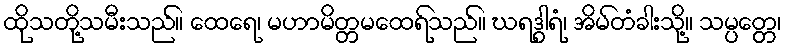
ထိုသတို့သမီးသည်။ ထေရေ၊ မဟာမိတ္တမထေရ်သည်။ ဃရဒွါရံ၊ အိမ်တံခါးသို့။ သမ္ပတ္တေ၊